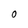
Character: 0